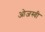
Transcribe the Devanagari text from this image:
ओजस्‍वी